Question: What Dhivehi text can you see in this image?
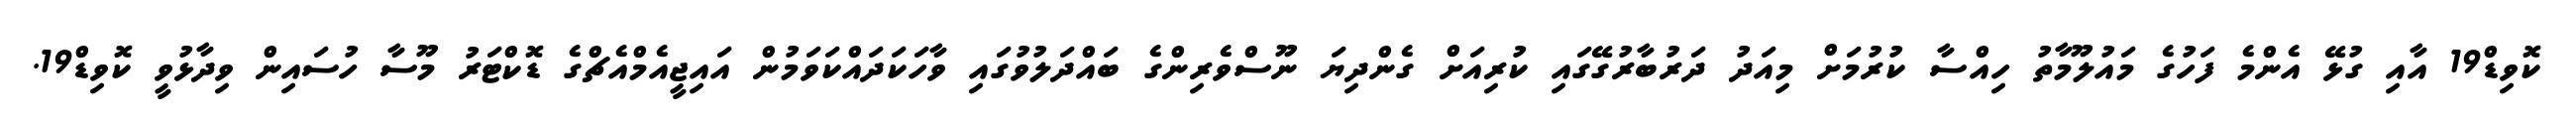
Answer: ކޮވިޑް19 އާއި ގުޅޭ އެންމެ ފަހުގެ މައުލޫމާތު ހިއްސާ ކުރުމަށް މިއަދު ދަރުބާރުގޭގައި ކުރިއަށް ގެންދިޔަ ނޫސްވެރިންގެ ބައްދަލުވުގައި ވާހަކަދައްކަވަމުން އައިޖީއެމްއެޗްގެ ޑޮކްޓަރު މޫސާ ހުސައިން ވިދާޅުވީ ކޮވިޑް19.